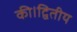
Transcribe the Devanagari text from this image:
की।द्वितीय